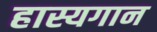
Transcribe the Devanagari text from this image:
हास्यगान